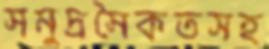
সমুদ্রসৈকতসহ